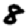
Digit: 8